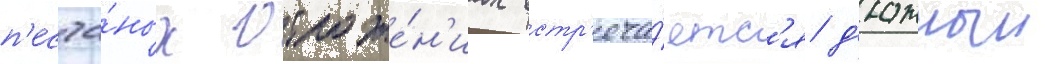
п'есча́ных отложе́н'иах встр'еча́етс'я д'юнныи